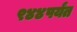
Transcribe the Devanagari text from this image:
९४४पर्यंत